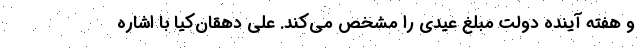
و هفته آینده دولت مبلغ عیدی را مشخص می‌کند. علی دهقان‌کیا با اشاره